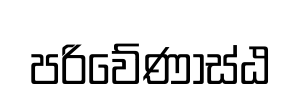
පරිවේණාස්ඨ